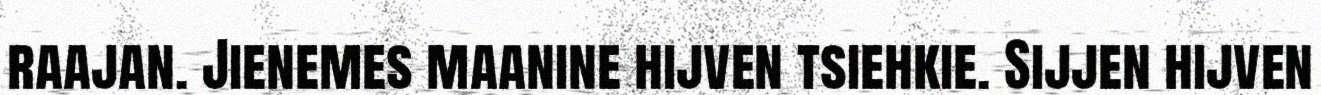
raajan. Jienemes maanine hijven tsiehkie. Sijjen hijven